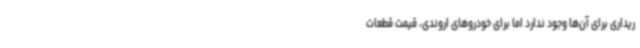
ریداری برای آن‌ها وجود ندارد اما برای خودروهای اروندی، قیمت قطعات